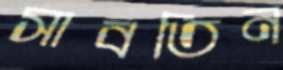
সাবতিন